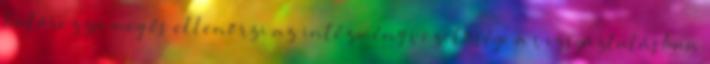
határozza meg és ellenőrzi az intézmény vezetősége a vizsgáztatásban